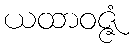
ယထာဝဇ္ဇံ